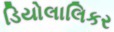
ડિયોલાલિકર